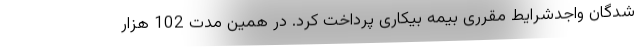
شدگان واجدشرایط مقرری بیمه بیکاری پرداخت کرد. در همین مدت 102 هزار